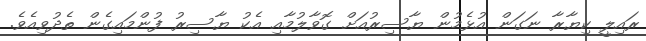
ރައިލީ ކިޔާރާ ނަގަން އުޅެމުން ޔާސިރުއަށް ގޮވާލުމާއި އެކު ޔާސިރު ފުންމައިގެން ތެދުވިއެވެ.